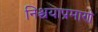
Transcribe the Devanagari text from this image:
निश्चयाप्रमाणे